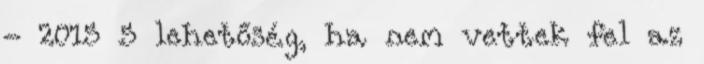
- 2015 5 lehetőség, ha nem vettek fel az